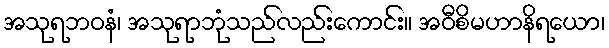
အသုရဘဝနံ၊ အသုရာဘုံသည်လည်းကောင်း။ အဝီစိမဟာနိရယော၊